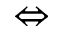
\Leftrightarrow